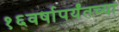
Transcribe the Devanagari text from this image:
१६वर्षापर्यंतच्या